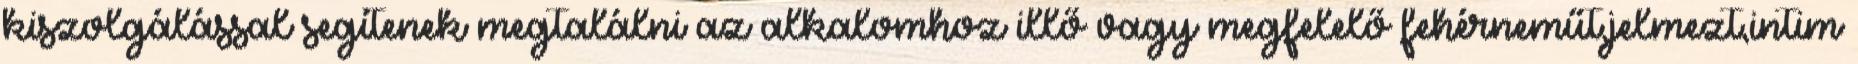
kiszolgálással segítenek megtalálni az alkalomhoz illő vagy megfelelő fehérneműt,jelmezt,intim